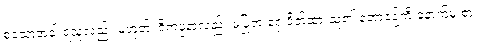
စသောအခါ ရသူလည်း မဟုတ်၊ ဝိကပ္ပနာလည်း မပြုဘဲ ရှေ့ဖိတ်ထားသူ၏ ဘောဇဉ်ကို နောက်မှ စား၊